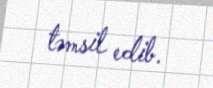
təmsil edib.